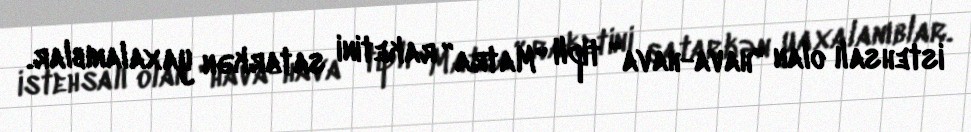
istehsalı olan "hava-hava” tipli "Matra” raketini satarkən yaxalanıblar.